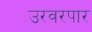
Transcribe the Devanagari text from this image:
उरवरपार